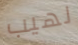
لهيب